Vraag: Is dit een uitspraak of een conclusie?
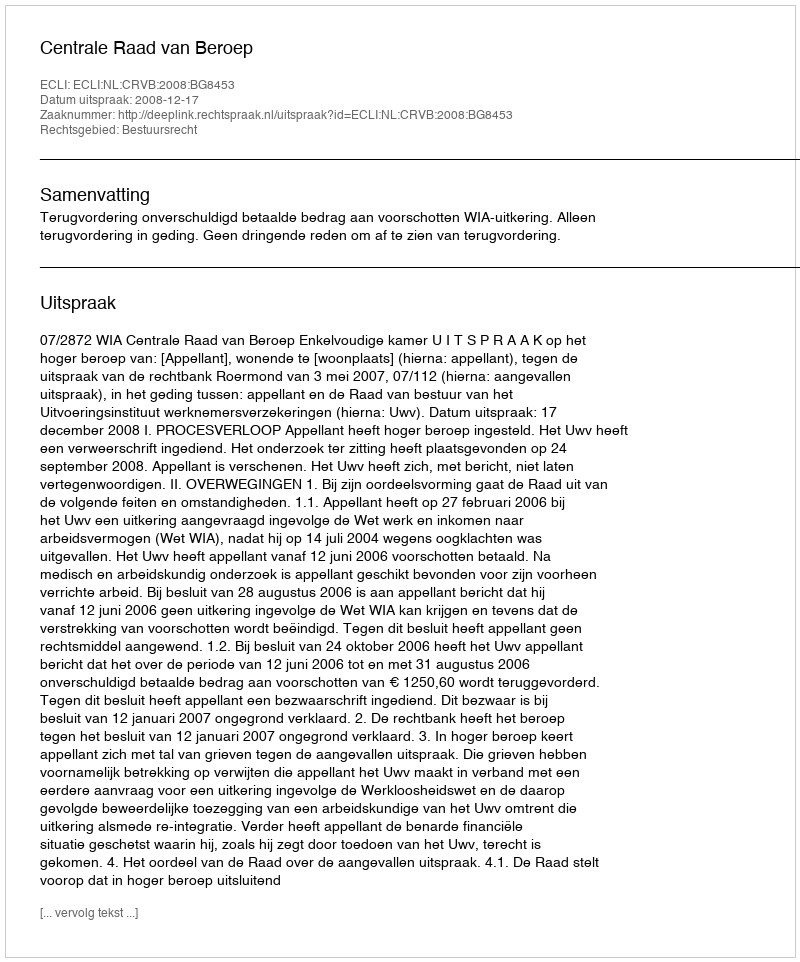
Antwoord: Uitspraak